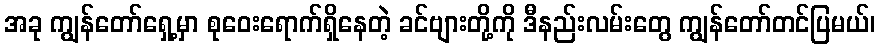
အခု ကျွန်တော်ရှေ့မှာ စုဝေးရောက်ရှိနေတဲ့ ခင်ဗျားတို့ကို ဒီနည်းလမ်းတွေ ကျွန်တော်တင်ပြမယ်၊